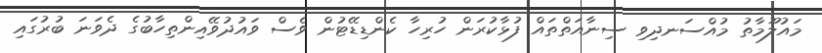
މައުލޫމާތު މުއްސަނދިވި ސިނާއަތްތައް ފުޅާކުރަން ހުރިހާ ކެންޑިޑޭޓުން ވެސް ވައުދުވޭއިންތިހާބުގެ ދެވަނަ ބުރުގައި